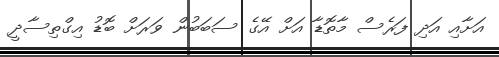
އަށާއި އަދި ފަރެެސް މާތޮޑާ އަށް އޭގެ ސަބަބުން ވަރަށް ބޮޑު އިގްތިސާދީ